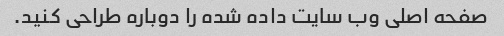
صفحه اصلی وب سایت داده شده را دوباره طراحی کنید.